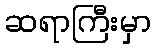
ဆရာကြီးမှာ